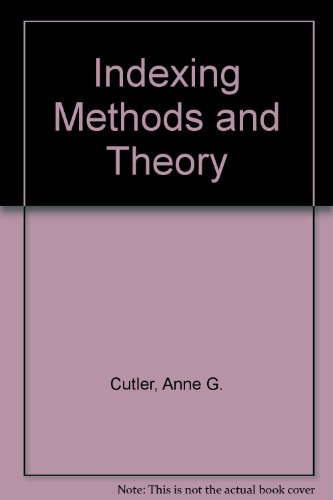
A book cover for Chiropractic Approach to Head Pain; Darryl D. Curl; Health, Fitness & Dieting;